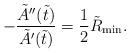
LaTeX: \begin{align*}-\dfrac{\tilde{A}''(\tilde{t})}{\tilde{A}'(\tilde{t})}= \frac{1}{2}\tilde{R}_{\min}.\end{align*}